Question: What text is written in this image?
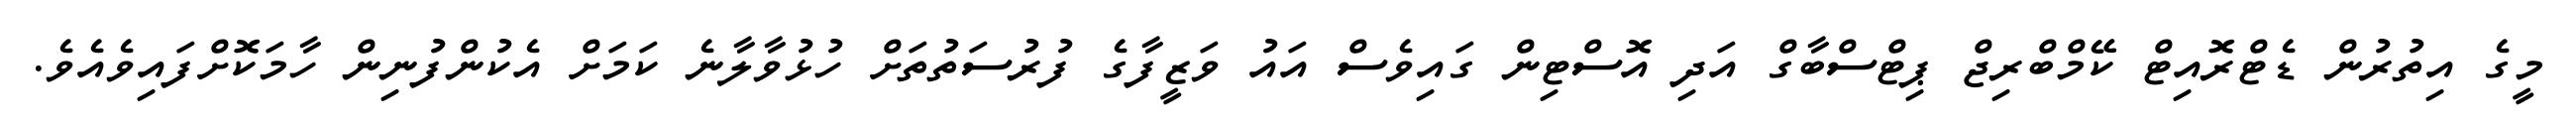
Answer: މީގެ އިތުރުން ޑެޓްރޮއިޓް ކޭމްބްރިޖް ޕިޓްސްބާގް އަދި އޮސްޓިން ގައިވެސް އައު ވަޒީފާގެ ފުރުސަތުތަށް ހުޅުވާލާނެ ކަމަށް އެކުންފުނިން ހާމަކޮށްފައިވެއެވެ.